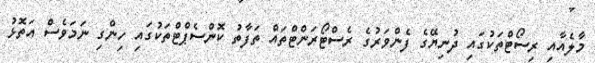
މާލެއާއި ރިސޯޓްތަކުގައި ދުނިޔޭގެ ފެންވަރުގެ ރެސްޓޯރަންޓްތައް ތަފާތު ކޮންސެޕްޓްތަކުގައި ހިންގި ނަމަވެސް އަތޮޅު